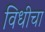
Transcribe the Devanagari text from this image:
विधीचा